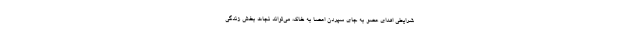
شرایطی اهدای عضو به جای سپردن اعضا به خاک، می‌تواند نجات بخش زندگی